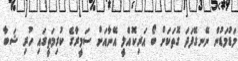
މަޑުމަޑުން ނޭނގޭފަދަ ގޮތަކަށް ބޯ އަރިކޮއްލީ އޭނާއަށް ސަމީރާގެ ކުރިމަތީގައި ހުރި ޝަބާ